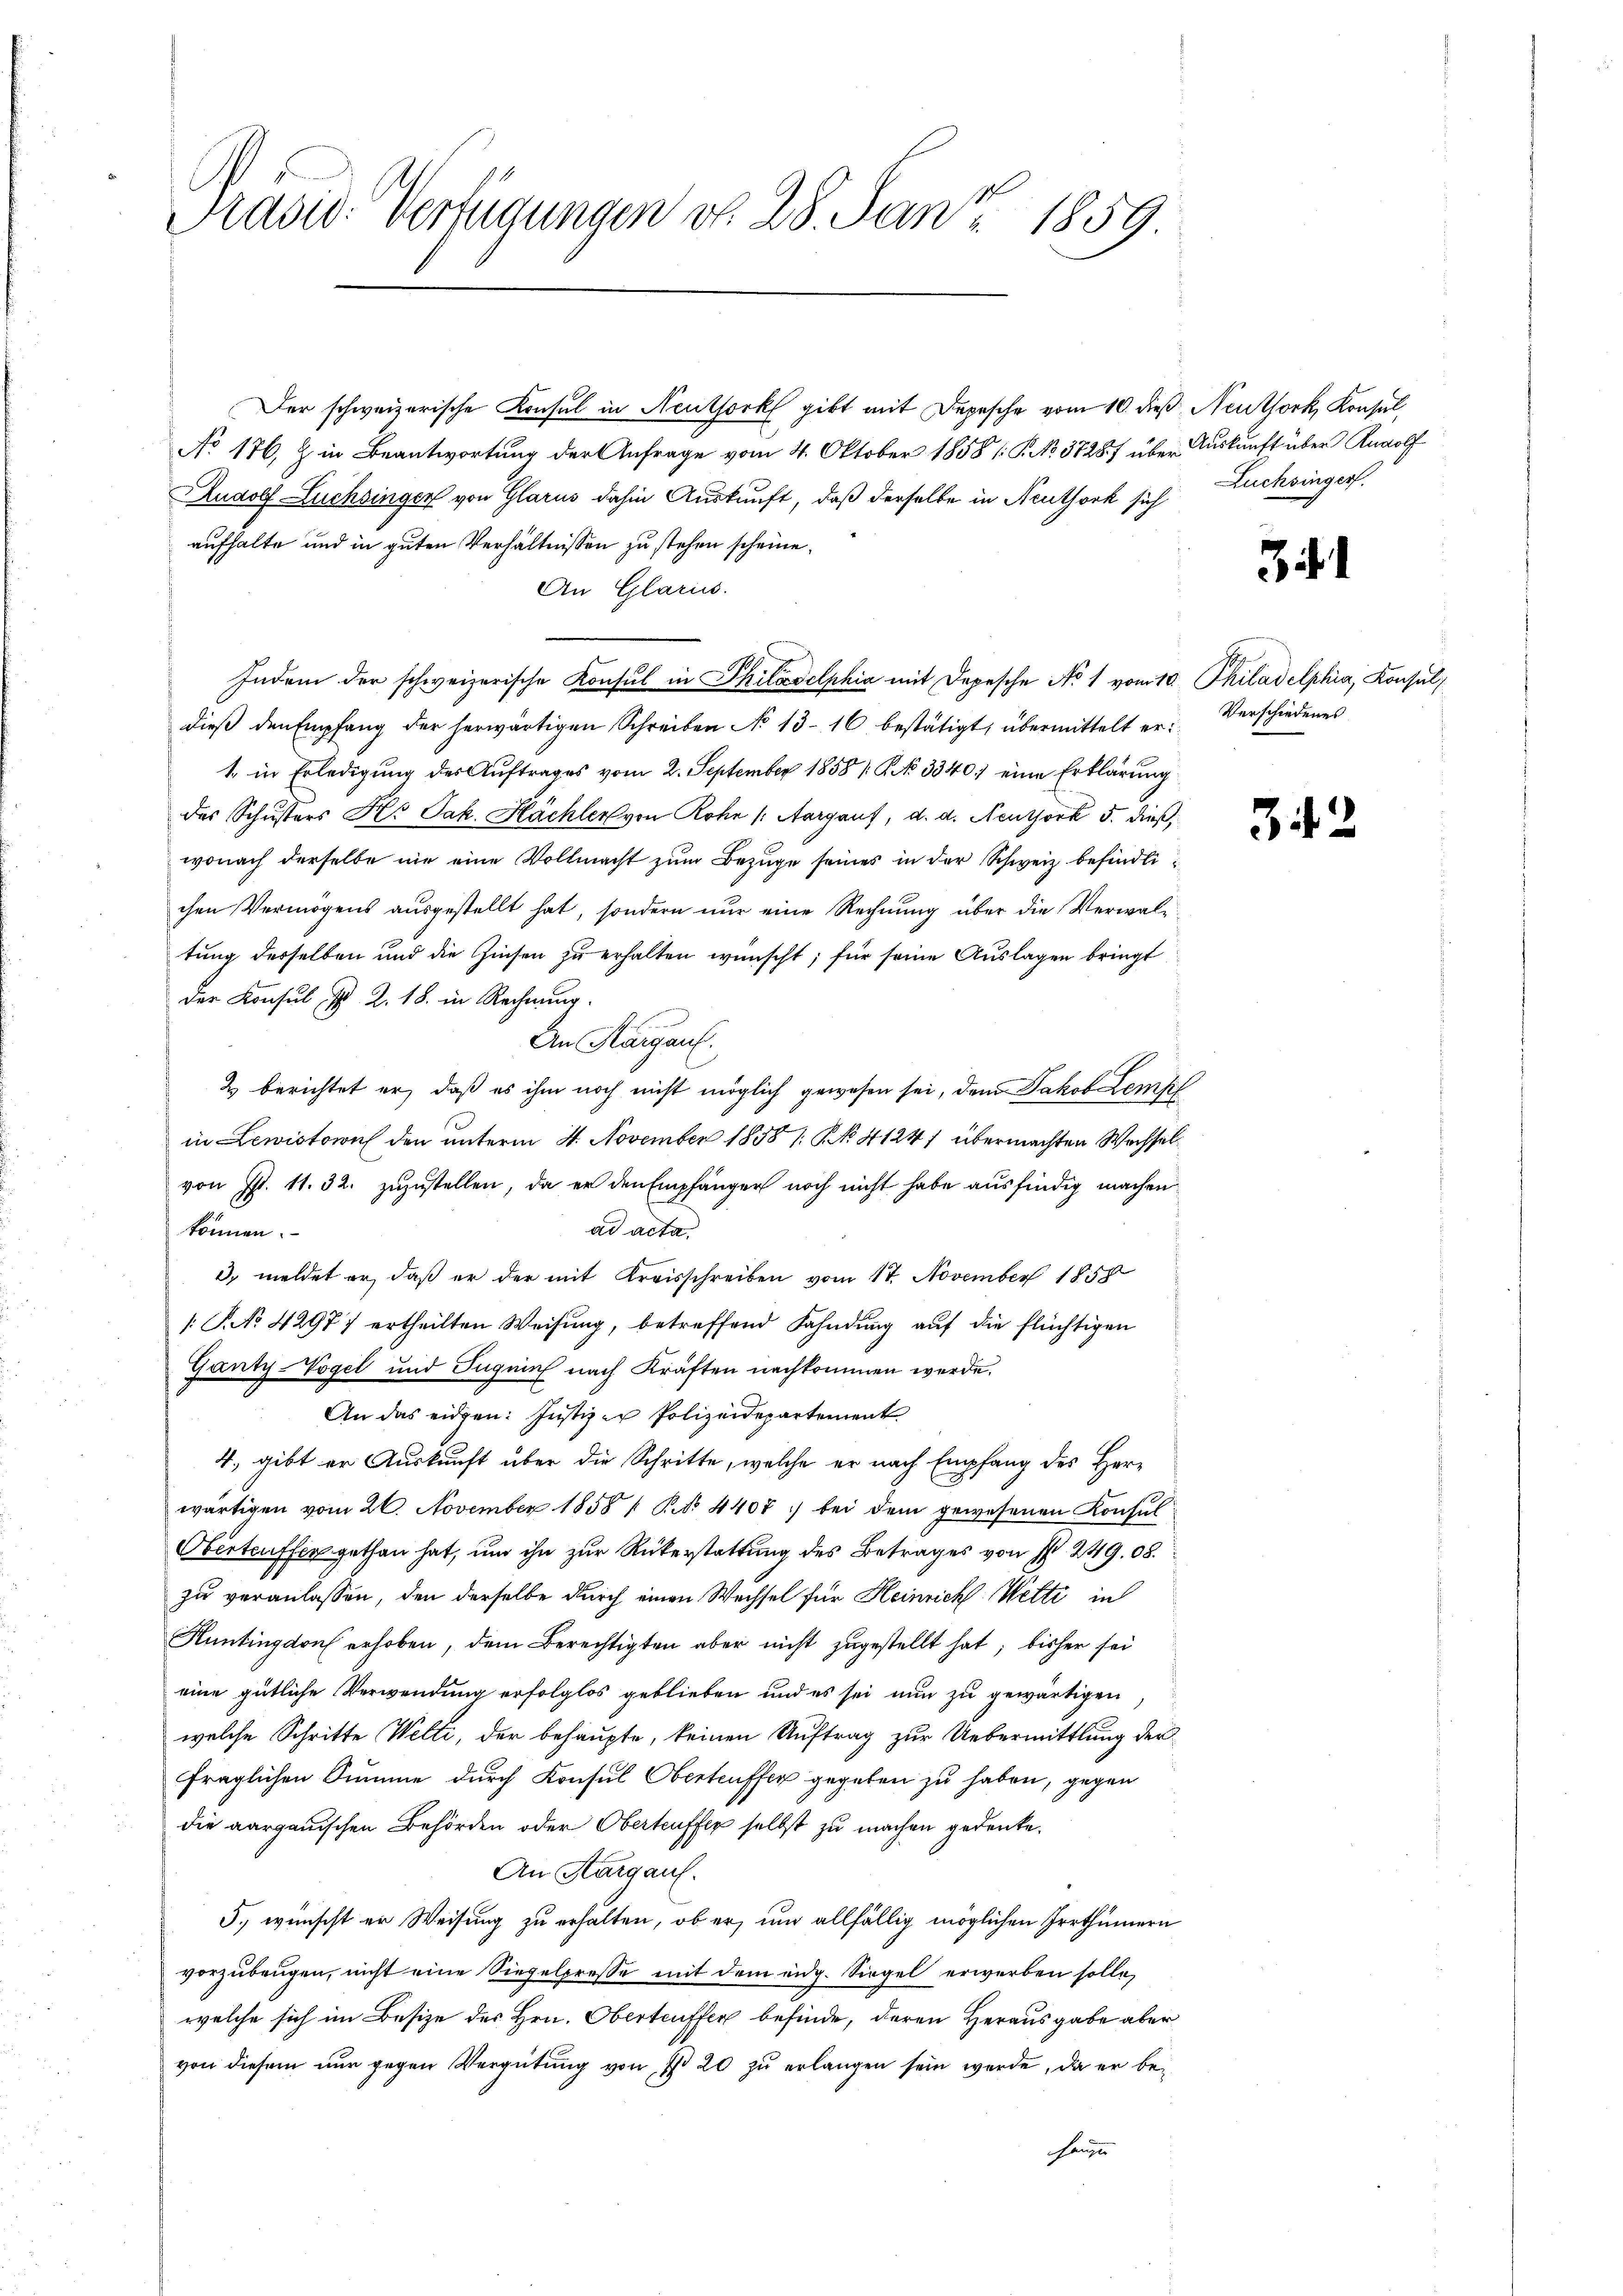
Präsid. Verfügungen d. 28. Jan. 1859.

Der schweizerische Konsul in Neuthork gibt mit Depesche vom 10. dieß, Neuthork, Konsul
No 176, Z in Beantwortung der Anfrage vom 4. Oktober 1858 (: P. No 57287 über Auskunft über Rudolf
Rudolf Lüchsinger von Glarus dahin Auskunft, daß derselbe in Neuthork sich Zuchsinger.
aufhalte und in guten Verhältnissen zu stehen scheine.
An Glarus.
Indem der schweizerische Konsul in Philadelphia mit Depesche No 1 vom 10. Philadelphia, Konsul
dieβ den Empfang der herwärtigen Schreiben No 1316 bestätigt, übermittelt er
1. in Erledigung des Auftrages vom 2. September 1858 / P. No 3340) eine Erklärung
das Schussers Hs. Jak. Hächler von Rohr /: Aargauf, d. d. Neuthork 5. dieß,
wonach derselbe nie eine Vollmacht zum Bezüge seines in der Schweiz befindlichen Vermögens ausgestellt hat, sondern nur eine Rechnung über die Verwaltung desselben und die Zinsen zu erhalten wünscht; für seine Auslagen bringt
der Konsul Fr. 2. 18. in Rechnung.
An Margauf.
2 berichtet er, daß es ihm noch nicht möglich gewesen sei, dem Jakob Lempf
in Lewistoris den unterm 4. November 1858 / NNo. 41247 übermachten Wechselvon ist. 11. 32. zuzustellen, da er den Empfänger noch nicht habe ausfindig machen.
ad acta
können.
d. meldet er, daß er der mit Kreisschreiben vom 17. November 1858
1: No 42977 ertheilten Weisung, betreffend Fahndung auf die flüchtigen
Ganty-Vogel und Jugnis nach Kräften nachkommen werde.
An das eidgen: Justiz er Polizeidepartement
4, gibt er Auskunft über die Schritte, welche er nach Empfang des Herwärtigen vom 26. November 1858 / No. 4407. bei dem gewesenen Konsul
Oberteuffer gethan hat, um ihn zur Rükerstattung des Betrages von § 249. 08.
zu veranlassen, den derselbe durch einen Wechsel für Heinrich Wetti in
Kantingdorf erhoben, dem Berechtigten aber nicht zugestellt hat, bisher sei
eine gütliche Verwendung erfolglos geblieben und es sei nun zu gewärtigen,
welche Schritte Welti, der behaupte, keinen Auftrag zur Uebermittlung der
fraglichen Summe durch Konsul Oberteuffer gegeben zu haben, gegen
die aargauischen Behörden oder Oberteuffer selbst zu machen gedenke.
An Aargau.
5.) wünscht er Weisung zu erhalten, ob er, um allfällig möglichen Irrthümern
vorzubeugen, nicht eine Siegelpresse mit dem eidg. Siegel erwerben solle,
welche sich im Besize des Hrn. Oberteuffer befinde, deren Herausgabe aber
von diesem nur gegen Vergütung von 7 20 zŭ erlangen sein werde, da er be¬
Haupt

i

Verschiedenes

342